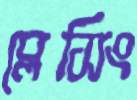
ব্লেসিং